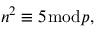
n ^ { 2 } \equiv 5 { \bmod { p } } ,